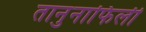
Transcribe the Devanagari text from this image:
तानुनाफिली